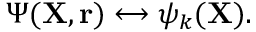
\Psi ( { \mathbf { X } } , { \mathbf { r } } ) \longleftrightarrow \psi _ { k } ( { \mathbf { X } } ) .